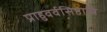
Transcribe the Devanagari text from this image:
प्राहुवर्वसिष्ठात्रि